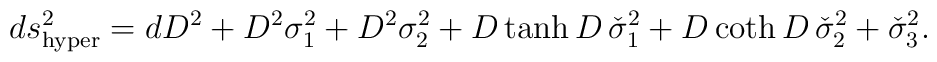
ds^2_{\rm hyper} = dD^2 + D^2 \sigma_1^2+D^2 \sigma_2^2 + D\tanh D\,\check{\sigma}_1^2 + D\coth D\, \check{\sigma}_2^2 + \check{\sigma}_3^2.